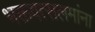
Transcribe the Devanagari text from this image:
भक्तवत्सलमांना